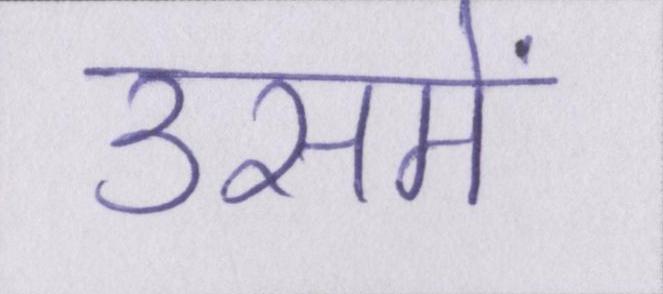
उसमें